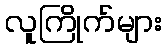
လူကြိုက်များ